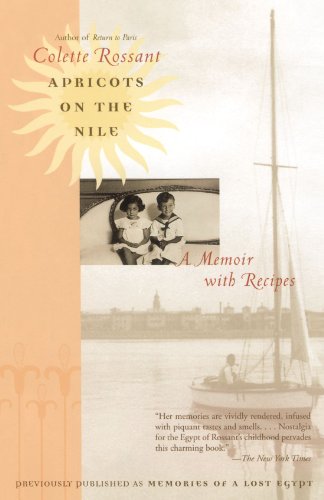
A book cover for Apricots on the Nile: A Memoir with Recipes; Colette Rossant; Cookbooks, Food & Wine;